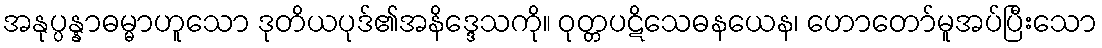
အနုပ္ပန္နာဓမ္မာဟူသော ဒုတိယပုဒ်၏အနိဒ္ဒေသကို။ ဝုတ္တပဋိသေဓနယေန၊ ဟောတော်မူအပ်ပြီးသော